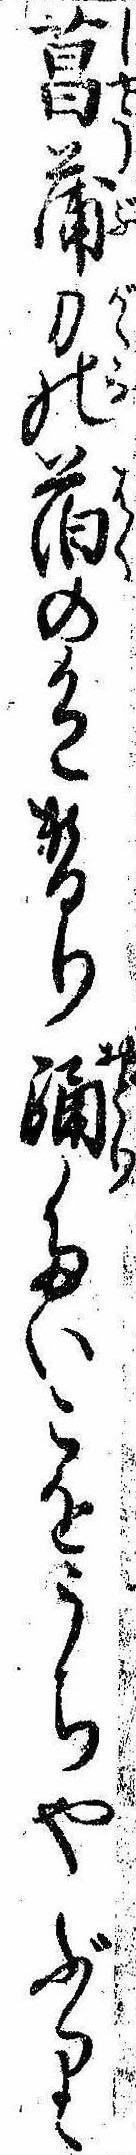
菖蒲刀の箔の色替り踊たいこをうちやぶり